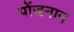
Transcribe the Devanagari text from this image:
पोंजनान